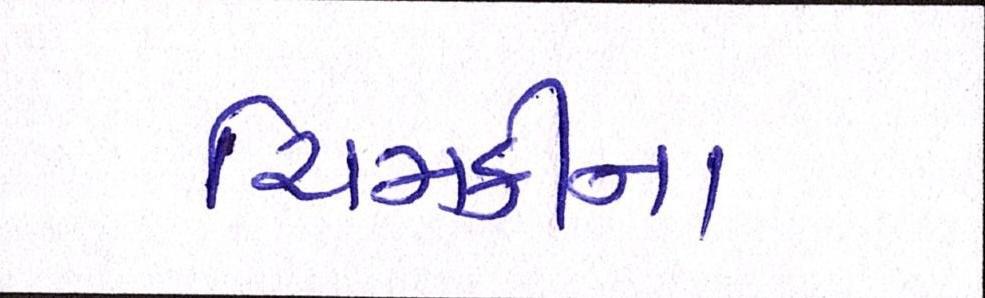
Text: ચિમકીના